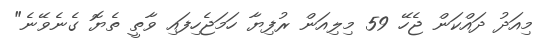
މިއަދު ދައްކަން ޖެހޭ 59 މިލިއަން ރުފިޔާ ހަމަޖެހިފައި ވާތީ ތެޔޮ ގެނެވޭނެ"